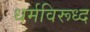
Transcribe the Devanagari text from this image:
धर्मविरूध्द